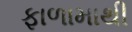
ફાળામાથી